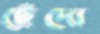
ছেঁদো